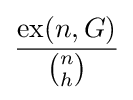
{\frac {\operatorname {ex} (n,G)}{\binom {n}{h}}}